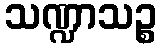
သဏ္ဍာသဉ္စ